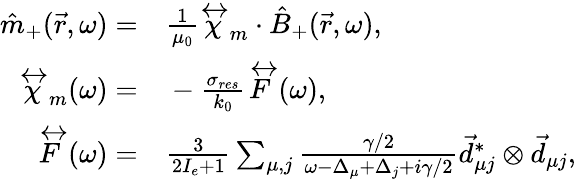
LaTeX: \begin{array}{rl}{\hat{m}_{+}(\vec{r},\omega)=}&{{}\frac{1}{\mu_{0}}\overleftrightarrow{\chi}_{m}\cdot\hat{B}_{+}(\vec{r},\omega),}\\ {\overleftrightarrow{\chi}_{m}(\omega)=}&{{}-\frac{\sigma_{res}}{k_{0}}\overleftrightarrow{F}(\omega),}\\ {\overleftrightarrow{F}(\omega)=}&{{}\frac{3}{2I_{e}+1}\sum_{\mu,j}\frac{\gamma/2}{\omega-\Delta_{\mu}+\Delta_{j}+i\gamma/2}\vec{d}_{\mu j}^{*}\otimes\vec{d}_{\mu j},}\end{array}